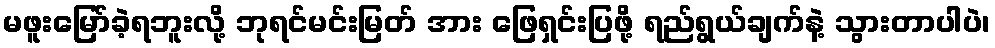
မဖူးမြော်ခဲ့ရဘူးလို့ ဘုရင်မင်းမြတ် အား ဖြေရှင်းပြဖို့ ရည်ရွယ်ချက်နဲ့ သွားတာပါပဲ၊